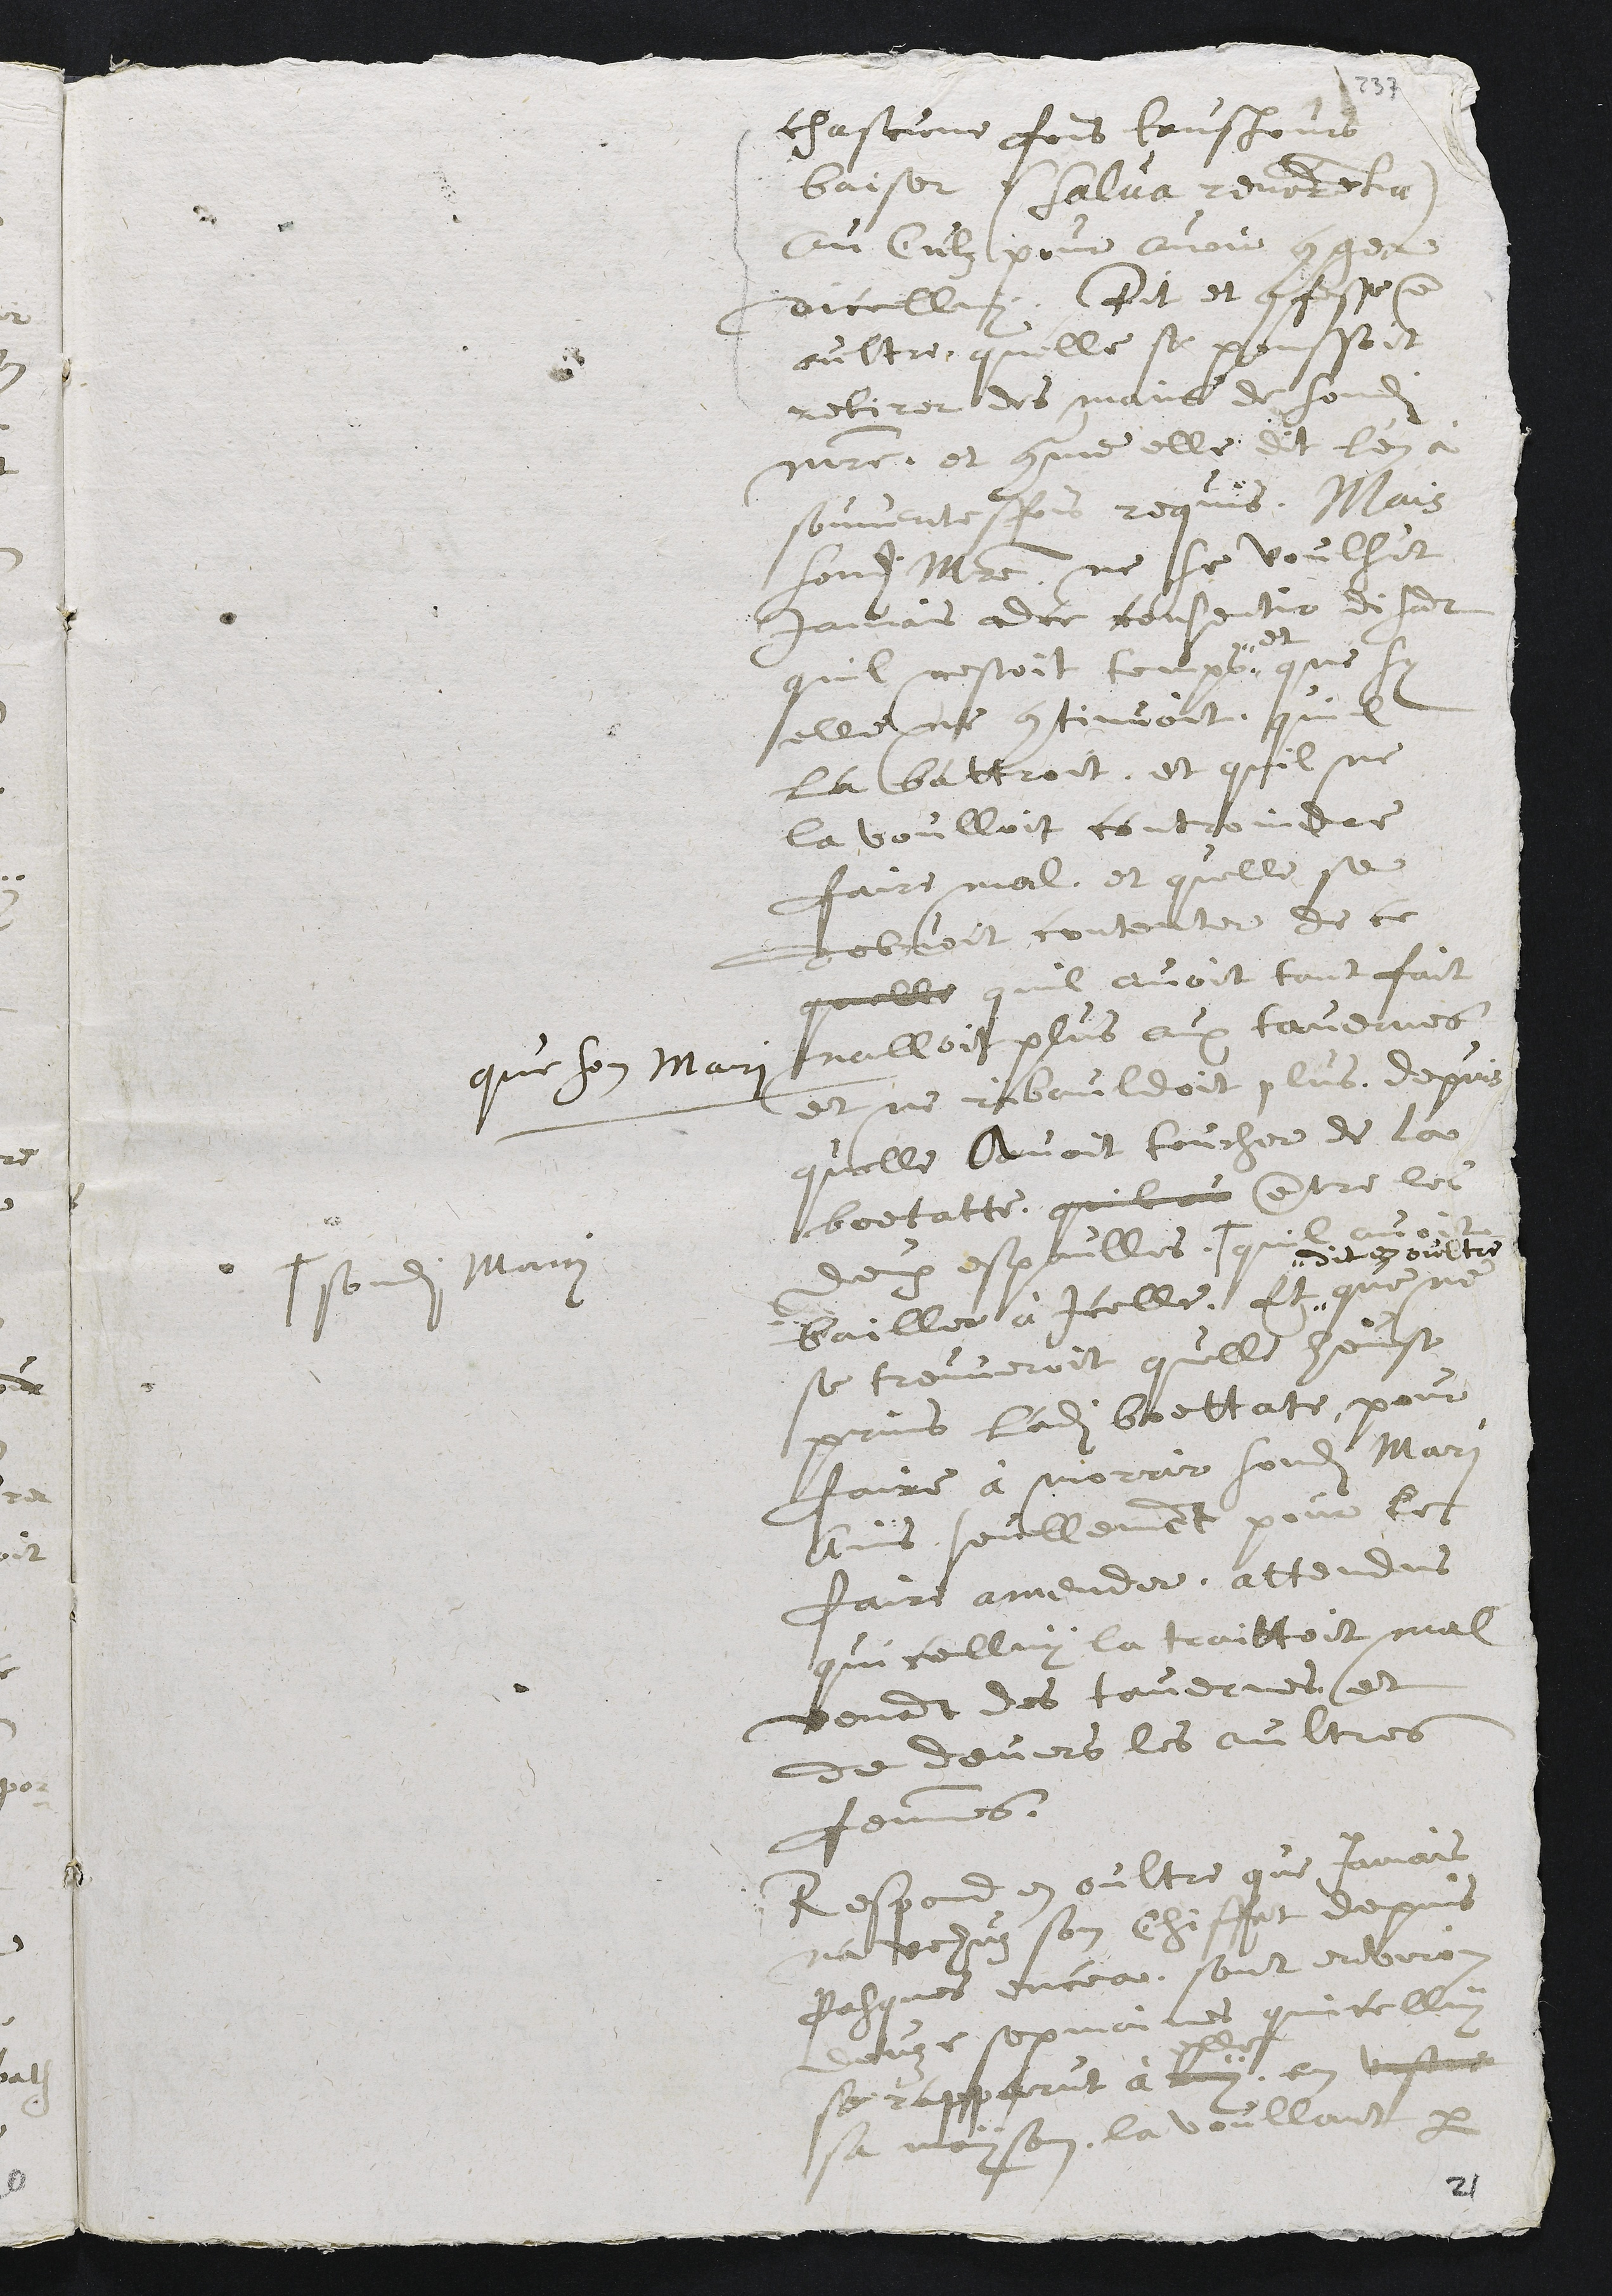
chascune fois toujours
baiser (salva reverentia)
au Culz pour avoir conger
dicelluy. Dit et confesse en
oultre, quelle se penssoit
retirer des mains de sondit
maistre, et comme elle dit l'en à
souventeffois requis. Mais
sondit maistre ne se voulsut
jamais adce consentir disant
quil nestoit temps "
" et
que sy
elle ne continuoit, quil
la battroit, et quil ne
la voulloit controindre
faire mal, et quelle se
debvoit contenter de ce
quelle quil avoit tant fait
que son mari nalloit plus aux tavernes
et ne ribauldoit plus, depuis
quelle avoit toucher de la
boetatte. quil av entre les
deux espaulles. +
+ sondit mari
quil avoit
bailler à icelle. Et "
" dit en oultre
que ne
se treuveroit quelle heust
prins l'adite boettate, pour
faire à morrir sondit mari
ains seullement pour le
faire amender, attendus
quicelluy la traittoit mal
venant des tavernes et
de devers les aultres
femmes.
Respond en oultre que jamais
n'a vehuz son Chiffet depuis
Pasques encea, sont environ
douze sepmaines quicelluy
se rapparut à luy.
elle
en v???
sa mayson, la voullant par